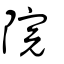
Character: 院